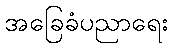
အခြေခံပညာရေး